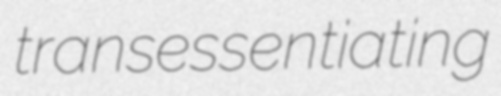
transessentiating